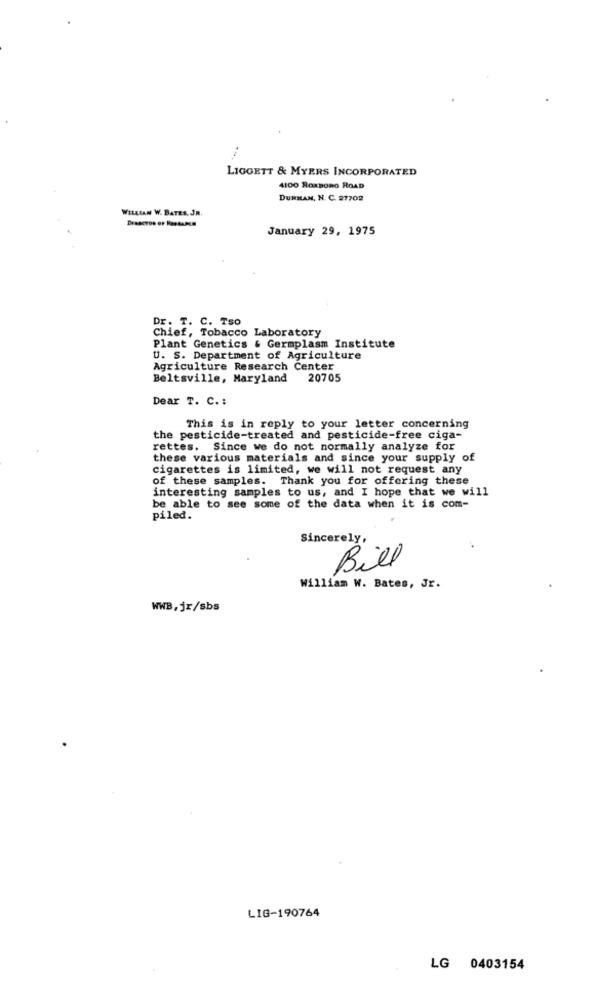
LIGGETT & MYERS INCORPORATED
4100 ROXBORO ROAD
DURHAM, N. C. 27702
WILLIAN W. BATES, JR.
January 29, 1975
Dr. T. C. Tso
Chief, Tobacco Laboratory
Plant Genetics & Germplasm Institute
U. S. Department of Agriculture
Agriculture Research Center
Beltsville, Maryland
20705
Dear T. C .:
This is in reply to your letter concerning
the pesticide-treated and pesticide-free ciga-
rettes. Since we do not normally analyze for
these various materials and since your supply of
cigarettes is limited, we will not request any
of these samples. Thank you for offering these
interesting samples to us, and I hope that we will
be able to see some of the data when it is com-
piled.
Sincerely,
Bill
William W. Bates, Jr.
WWB,jr/sbs
LIG-190764
LG 0403154